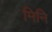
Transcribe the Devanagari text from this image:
मिनि